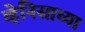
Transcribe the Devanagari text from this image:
व्हेनिसाच्या